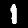
Label: 1